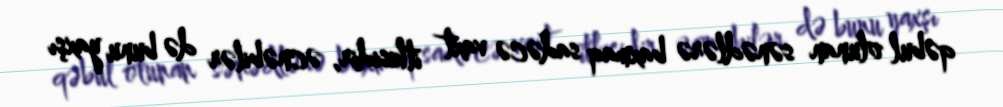
qəbul olunan sənədlərə baxmaq sadəcə vaxt itkisidir, əcnəbilər də bunu yaxşı